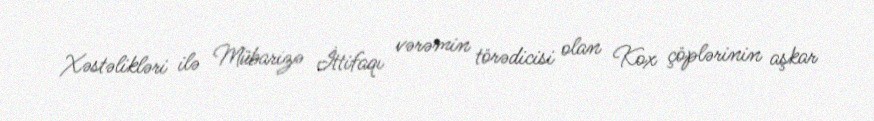
Xəstəlikləri ilə Mübarizə İttifaqı vərəmin törədicisi olan Kox çöplərinin aşkar